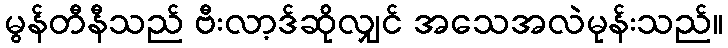
မွန်တီနီသည် ဗီးလာ့ဒ်ဆိုလျှင် အသေအလဲမုန်းသည်။